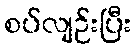
စပ်လျဉ်းပြီး